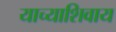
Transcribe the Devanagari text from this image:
याच्याशिवाय